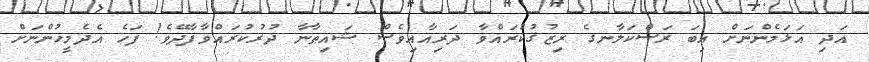
އަދި އަޅަމެންނަށް އިބަ ރަސްކަލާނގެ ރިޒުޤުކުރައްވާ ދަރިއާއިވެސް ޝައިޠާނާ ދުރުކުރައްވާފާދޭވެ! ފަހެ އެދެމީހުންނަށް